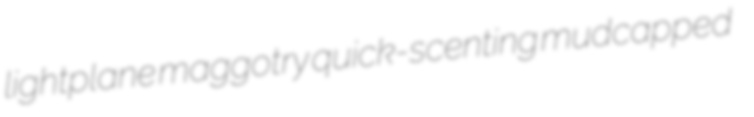
lightplane maggotry quick-scenting mudcapped